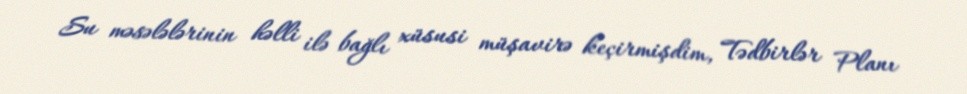
Su məsələlərinin həlli ilə bağlı xüsusi müşavirə keçirmişdim, Tədbirlər Planı